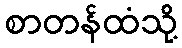
စာတန်ထံသို့